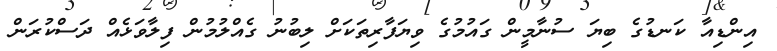
އިންޑިއާ ކަނޑުގެ ބިޔަ ސުނާމީން ގައުމުގެ ވިޔަފާރިތަކަށް ލިބުނު ގެއްލުމުން ފިލާވަޅެއް ދަސްކުރަން